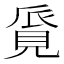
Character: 𧠨